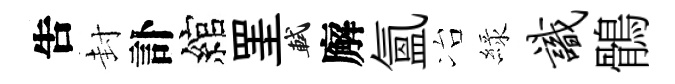
吿封訃綰罣軾廨氳冶緑识鶻